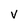
Character: v